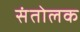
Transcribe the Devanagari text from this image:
संतोलक